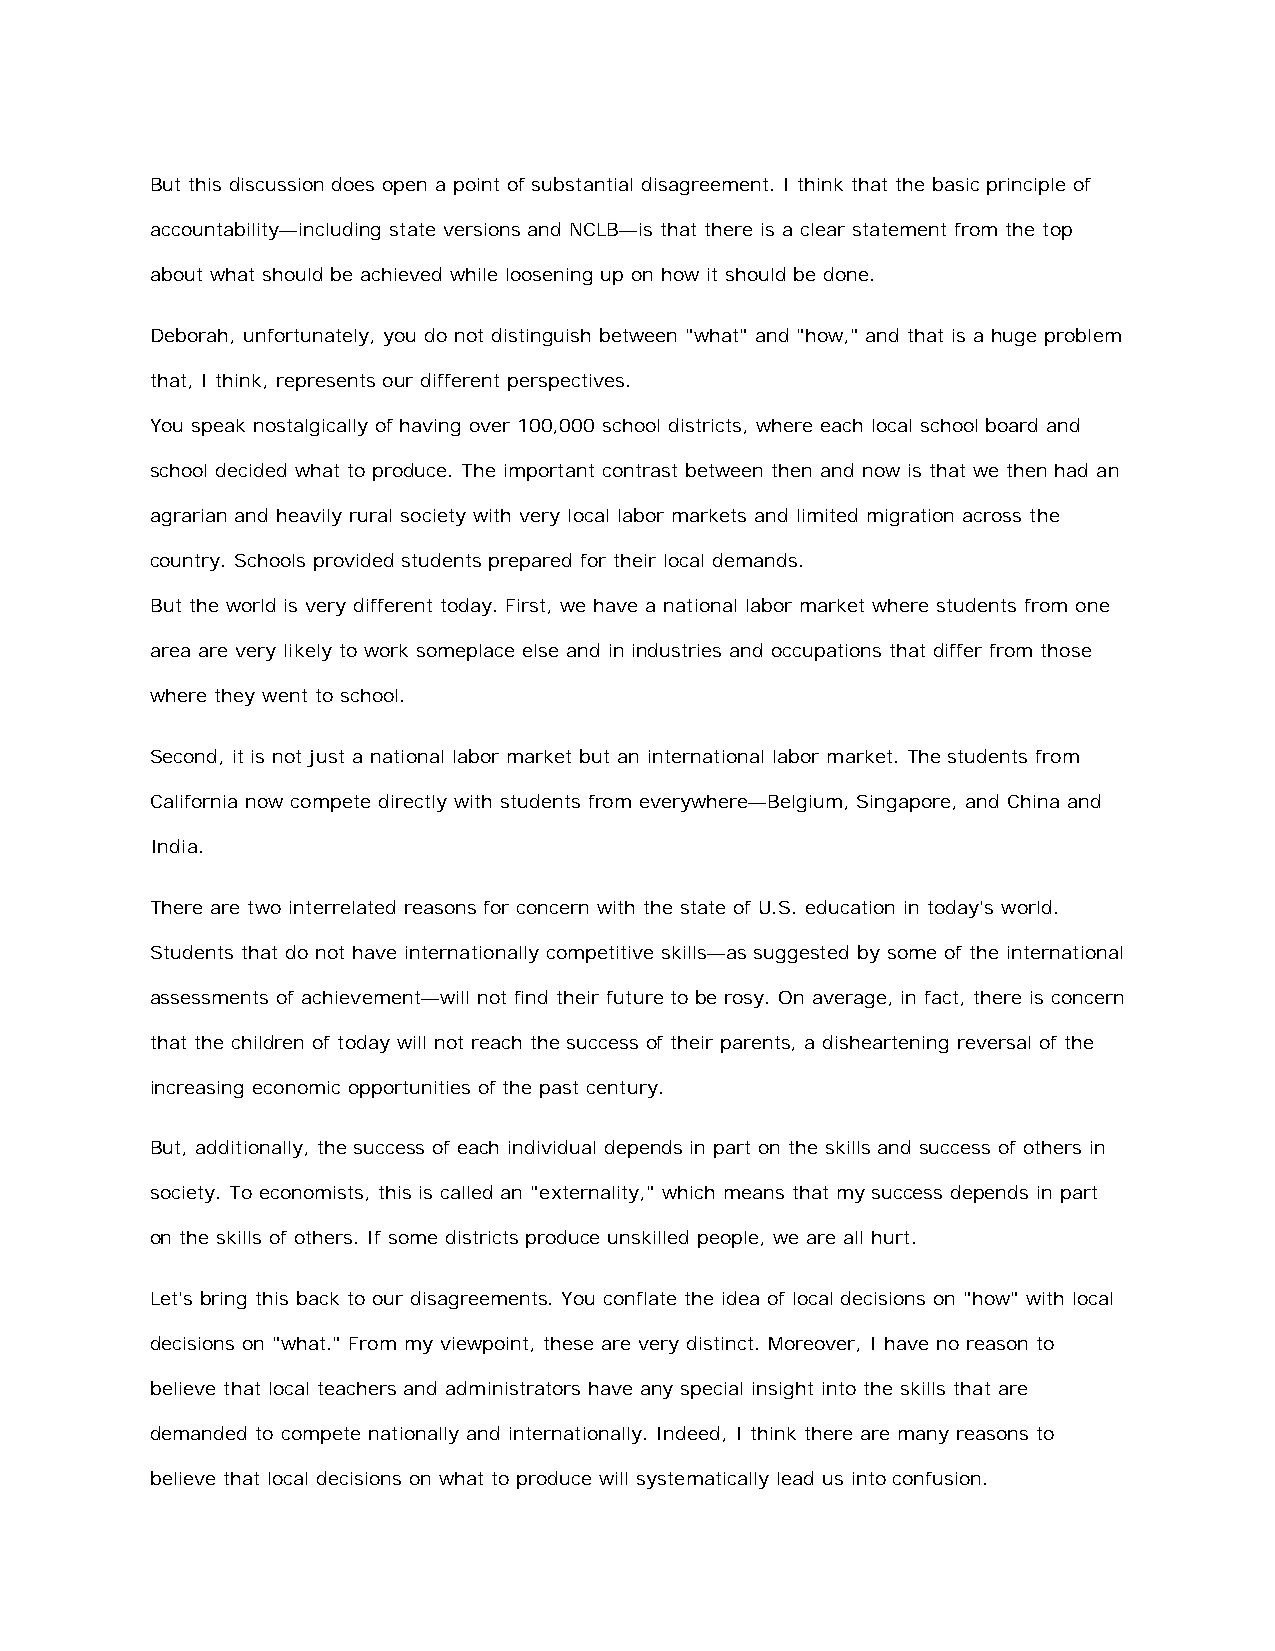
But this discussion does open a point of substantial disagreement. I think that the basic principle of
 accountability—including state versions and NCLB—is that there is a clear statement from the top
 about what should be achieved while loosening up on how it should be done.
 Deborah, unfortunately, you do not distinguish between "what" and "how," and that is a huge problem
 that, I think, represents our different perspectives.
 You speak nostalgically of having over 100,000 school districts, where each local school board and
 school decided what to produce. The important contrast between then and now is that we then had an
 agrarian and heavily rural society with very local labor markets and limited migration across the
 country. Schools provided students prepared for their local demands.
 But the world is very different today. First, we have a national labor market where students from one
 area are very likely to work someplace else and in industries and occupations that differ from those
 where they went to school.
 Second, it is not just a national labor market but an international labor market. The students from
 California now compete directly with students from everywhere—Belgium, Singapore, and China and
 India.
 There are two interrelated reasons for concern with the state of U.S. education in today's world.
 Students that do not have internationally competitive skills—as suggested by some of the international
 assessments of achievement—will not find their future to be rosy. On average, in fact, there is concern
 that the children of today will not reach the success of their parents, a disheartening reversal of the
 increasing economic opportunities of the past century.
 But, additionally, the success of each individual depends in part on the skills and success of others in
 society. To economists, this is called an "externality," which means that my success depends in part
 on the skills of others. If some districts produce unskilled people, we are all hurt.
 Let's bring this back to our disagreements. You conflate the idea of local decisions on "how" with local
 decisions on "what." From my viewpoint, these are very distinct. Moreover, I have no reason to
 believe that local teachers and administrators have any special insight into the skills that are
 demanded to compete nationally and internationally. Indeed, I think there are many reasons to
 believe that local decisions on what to produce will systematically lead us into confusion.